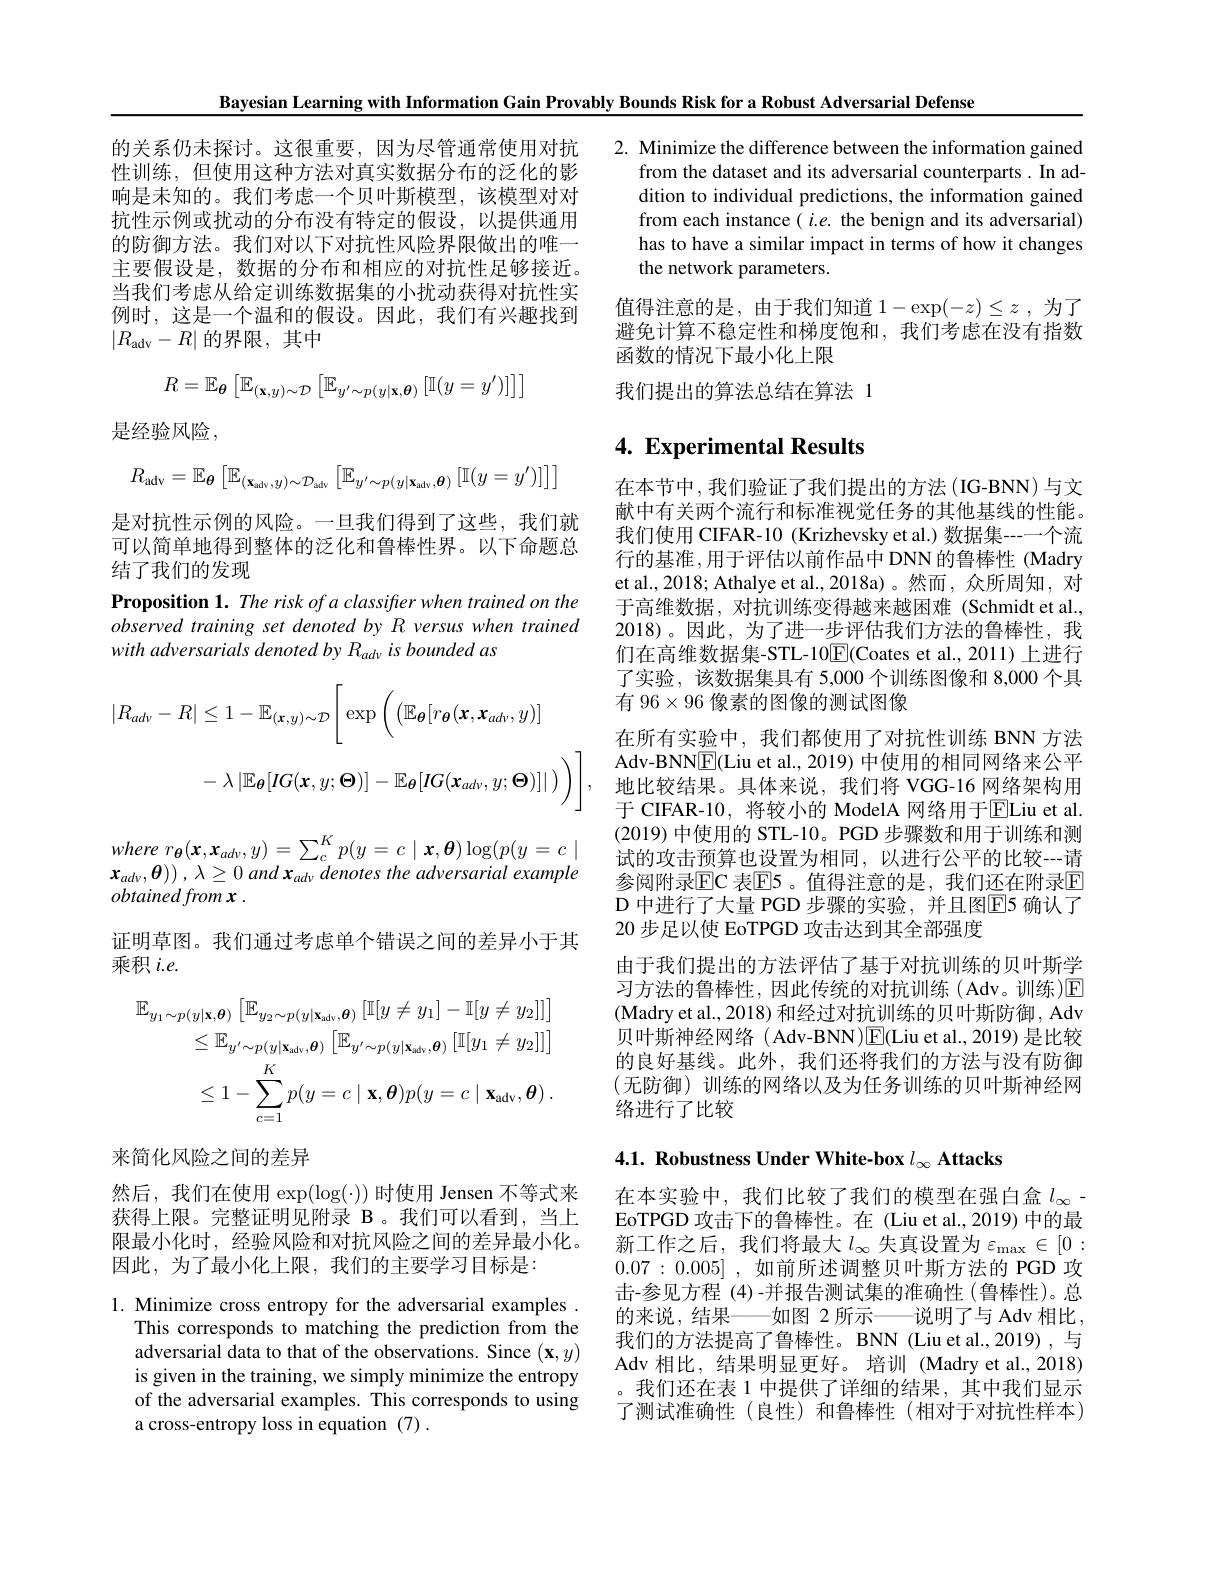
Bayesian Learning with Information Gain Provably Bounds Risk for a Robust Adversarial Defense

的关系仍未探讨。这很重要，因为尽管通常使用对抗 2. Minimize the difference between the information gained
from the dataset and its adversarial counterparts. In addition to individual predictions, the information gained from each instance $(i.e.$ the benign and its adversarial) has to have a similar impact in terms of how it changes the network parameters.

性训练，但使用这种方法对真实数据分布的泛化的影响是未知的。我们考虑一个贝叶斯模型，该模型对对抗性示例或扰动的分布没有特定的假设，以提供通用的防御方法。我们对以下对抗性风险界限做出的唯一主要假设是，数据的分布和相应的对抗性足够接近。当我们考虑从给定训练数据集的小扰动获得对抗性实例时，这是一个温和的假设。因此，我们有兴趣找到$\left|R_{\mathrm{adv}}-R\right|$的界限，其中

值得注意的是，由于我们知道$1-\exp(-z)\leq z$ ,为了避免计算不稳定性和梯度饱和，我们考虑在没有指数函数的情况下最小化上限
我们提出的算法总结在算法 1
$$R=\mathbb{E}_{\boldsymbol{\theta}}\left[\mathbb{E}_{(\mathbf{x},y)\sim\mathcal{D}}\left[\mathbb{E}_{y^{\prime}\sim p(y|\mathbf{x},\boldsymbol{\theta})}\left[\mathbb{I}(y=y^{\prime})\right]\right]\right]$$
是经验风险，

# 4. Experimental Results
$$R_{\mathrm{adv}}=\mathbb{E}_{\boldsymbol{\theta}}\left[\mathbb{E}_{(\mathbf{x}_{\mathrm{adv}},y)\sim\mathcal{D}_{\mathrm{adv}}}\left[\mathbb{E}_{y^{\prime}\sim p(y|\mathbf{x}_{\mathrm{adv}},\boldsymbol{\theta})}\left[\mathbb{I}(y=y^{\prime})\right]\right]\right]$$
是对抗性示例的风险。一旦我们得到了这些，我们就可以简单地得到整体的泛化和鲁棒性界。以下命题总结了我们的发现
Proposition 1. The risk of a classifier when trained on the observed training set denoted by R versus when trained with adversarials denoted by Radv is bounded as
$$\begin{aligned}|R_{adv}-R|&\leq1-\mathbb{E}_{(\mathbf{x},y)\sim\mathcal{D}}\bigg[\exp\bigg(\big(\mathbb{E}_{\boldsymbol{\theta}}[r_{\boldsymbol{\theta}}(\boldsymbol{x},\boldsymbol{x}_{adv},y)\big]\\&-\lambda\left|\mathbb{E}_{\boldsymbol{\theta}}[IG(\boldsymbol{x},y;\boldsymbol{\Theta})]-\mathbb{E}_{\boldsymbol{\theta}}[IG(\boldsymbol{x}_{adv},y;\boldsymbol{\Theta})]|\:\right)\bigg],\end{aligned}$$
在本节中，我们验证了我们提出的方法(IG-BNN)与文献中有关两个流行和标准视觉任务的其他基线的性能。我们使用 CIFAR-10 (Krizhevsky et al.) 数据集---个流行的基准，用于评估以前作品中 DNN的鲁棒性 (Madry et al.,2018; Athalye et al.,2018a)。然而，众所周知，对于高维数据，对抗训练变得越来越困难(Schmidt et al., 2018)。因此，为了进一步评估我们方法的鲁棒性，我们在高维数据集-STL-10$\boxed{\mathrm{F}}($Coates et al.,2011)上进行了实验，该数据集具有 5,000个训练图像和 8,000个具有 96$\times96$像素的图像的测试图像
在所有实验中，我们都使用了对抗性训练 BNN 方法Adv-BNN$\boxed{\mathrm{F}}($Liu et al., 2019) 中使用的相同网络来公平地比较结果。具体来说，我们将 VGG-16 网络架构用于 CIFAR-10, 将较小的 ModelA 网络用于$\overline{\mathrm{ELiu~et~al.}}$ (2019)中使用的 STL-10。PGD 步骤数和用于训练和测试的攻击预算也设置为相同，以进行公平的比较---请参阅附录EC 表E5 。值得注意的是，我们还在附录E ${\text{D 中进行了大量 PGD 步骤的实验，并且图}}{\mathrm{E}}$5 确认了20 步足以使 EoTPGD 攻击达到其全部强度
由于我们提出的方法评估了基于对抗训练的贝叶斯学习方法的鲁棒性，因此传统的对抗训练(Adv。训练)$\operatorname{E}$ (Madry et al., 2018) 和经过对抗训练的贝叶斯防御，Adv 贝叶斯神经网络( Adv-BNN)E(Liu et al., 2019) 是比较的良好基线。此外，我们还将我们的方法与没有防御(无防御)训练的网络以及为任务训练的贝叶斯神经网络进行了比较

where $r_{\theta }( \boldsymbol{x}, \boldsymbol{x}_{ad\nu }, y) = \sum _{c}^{K}p( y= c\mid \boldsymbol{x}, \boldsymbol{\theta }) \log ( p( y= c\mid$ $\boldsymbol{x}_{ad\nu }, \boldsymbol{\theta }) \right )$ , $\lambda \geq 0$ and $\boldsymbol{x}_{ad\nu }$ denotes the adversarial example obtainedfromx .
证明草图。我们通过考虑单个错误之间的差异小于其
乘积$i.e.$
$$\begin{aligned}\mathbb{E}_{y_{1}\sim p(y|\mathbf{x},\boldsymbol{\theta})}&\left[\mathbb{E}_{y_{2}\sim p(y|\mathbf{x}_{\mathrm{adv}},\boldsymbol{\theta})}\left[\mathbb{I}[y\neq y_{1}]-\mathbb{I}[y\neq y_{2}]\right]\right]\\&\leq\mathbb{E}_{y^{\prime}\sim p(y|\mathbf{x}_{\mathrm{adv}},\boldsymbol{\theta})}\left[\mathbb{E}_{y^{\prime}\sim p(y|\mathbf{x}_{\mathrm{adv}},\boldsymbol{\theta})}\left[\mathbb{I}[y_{1}\neq y_{2}]\right]\right]\\&\leq1-\sum_{c=1}^{K}p(y=c\mid\mathbf{x},\boldsymbol{\theta})p(y=c\mid\mathbf{x}_{\mathrm{adv}},\boldsymbol{\theta})\:.\end{aligned}$$
来简化风险之间的差异

4.1. Robustness Under White-box $l_\infty \textbf{Attacks}$

然后，我们在使用$\exp(\log(\cdot))$时使用 Jensen 不等式来获得上限。完整证明见附录 B。我们可以看到，当上限最小化时，经验风险和对抗风险之间的差异最小化。因此，为了最小化上限，我们的主要学习目标是：

在本实验中，我们比较了我们的模型在强白盒$l_\infty-$ EoTPGD 攻击下的鲁棒性。在 (Liu et al., 2019) 中的最新工作之后，我们将最大$l_\infty$ 失真设置为 $\varepsilon_\mathrm{max}\in[0:$ 0.07 : 0.005] , 如前所述调整贝叶斯方法的 PGD 攻击-参见方程 (4)-并报告测试集的准确性(鲁棒性)。总的来说，结果——如图 2 所示——说明了与 Adv 相比， 我们的方法提高了鲁棒性。BNN (Liu et al.,2019),与Adv 相比，结果明显更好。培训 (Madry et al., 2018) 。我们还在表 1 中提供了详细的结果，其中我们显示了测试准确性(良性)和鲁棒性(相对于对抗性样本)

1. Minimize cross entropy for the adversarial examples .
This corresponds to matching the prediction from the adversarial data to that of the observations. Since $(\mathbf{x},y)$ is given in the training, we simply minimize the entropy of the adversarial examples. This corresponds to using a cross-entropy loss in equation (7) .